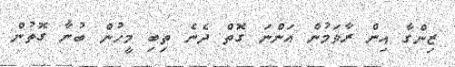
ޒިންގާ އިން ރާވަމުން އަންނަ ގޮތް ދެނެ ތިބި މީހުން ބުނާ ގޮތުން